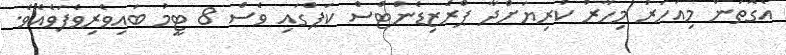
އެގޮތުން މިއަހަރު މިހާރު ކުރިޔަށްދާ ޕްރެޒިޑެންޓްސް ކަޕްގައި ވެސް 8 ޓީމު ބައިވެރިވެފަވެއެވެ.